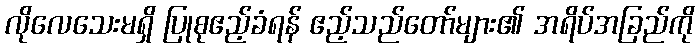
လိုလေသေးမရှိ ပြုစုဧည့်ခံရန် ဧည့်သည်တော်များ၏ အရိပ်အခြည်ကို